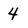
Character: 4